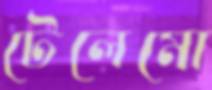
টেলেমো